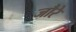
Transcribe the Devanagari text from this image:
जौरे